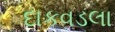
દાકવડલા